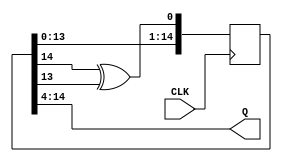
//Rudy Hill
//ECEN 2350
//Spring 2018
//
module LFSR(CLK,Q);
	input CLK;
	output [10:0] Q;
	reg [14:0] P;
	
	initial
		P = 15'b111011001001011;
	
	always @(posedge CLK)
		P = {P[13:0], P[14] ^ P[13]};
		
	assign Q = P[14:4];
endmodule